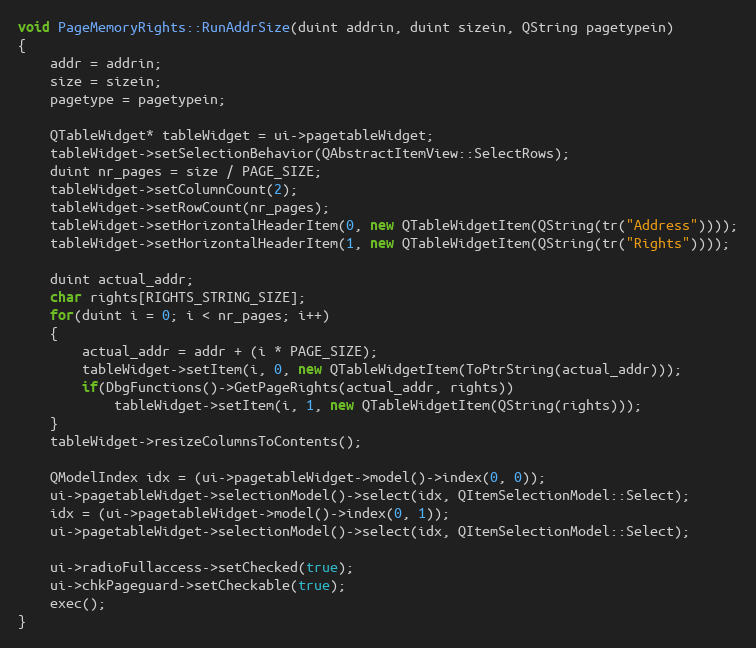
Language: C++
void PageMemoryRights::RunAddrSize(duint addrin, duint sizein, QString pagetypein)
{
    addr = addrin;
    size = sizein;
    pagetype = pagetypein;

    QTableWidget* tableWidget = ui->pagetableWidget;
    tableWidget->setSelectionBehavior(QAbstractItemView::SelectRows);
    duint nr_pages = size / PAGE_SIZE;
    tableWidget->setColumnCount(2);
    tableWidget->setRowCount(nr_pages);
    tableWidget->setHorizontalHeaderItem(0, new QTableWidgetItem(QString(tr("Address"))));
    tableWidget->setHorizontalHeaderItem(1, new QTableWidgetItem(QString(tr("Rights"))));

    duint actual_addr;
    char rights[RIGHTS_STRING_SIZE];
    for(duint i = 0; i < nr_pages; i++)
    {
        actual_addr = addr + (i * PAGE_SIZE);
        tableWidget->setItem(i, 0, new QTableWidgetItem(ToPtrString(actual_addr)));
        if(DbgFunctions()->GetPageRights(actual_addr, rights))
            tableWidget->setItem(i, 1, new QTableWidgetItem(QString(rights)));
    }
    tableWidget->resizeColumnsToContents();

    QModelIndex idx = (ui->pagetableWidget->model()->index(0, 0));
    ui->pagetableWidget->selectionModel()->select(idx, QItemSelectionModel::Select);
    idx = (ui->pagetableWidget->model()->index(0, 1));
    ui->pagetableWidget->selectionModel()->select(idx, QItemSelectionModel::Select);

    ui->radioFullaccess->setChecked(true);
    ui->chkPageguard->setCheckable(true);
    exec();
}